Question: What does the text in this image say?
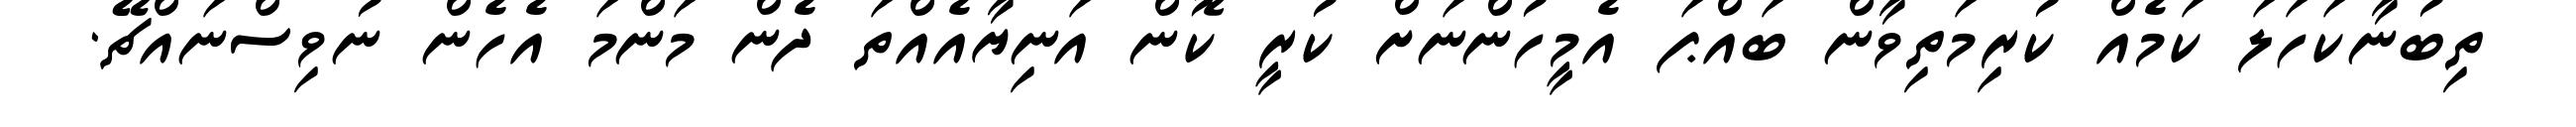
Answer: ތިބުނާކަހަލަ ކަމެއް ކުރިމަތިވާން ބައްޕަ އެމީހުންނަށް ކުރީ ކޮން އަނިޔާއެއްތަ ދެން މަންމަ އެހެން ނުވިސްނައްޗޭ.